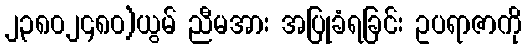
၂၃၈၀၂၄၈၀)ယွမ် ညီမအား အပြုခံရခြင်း ဥပရာဇာကို